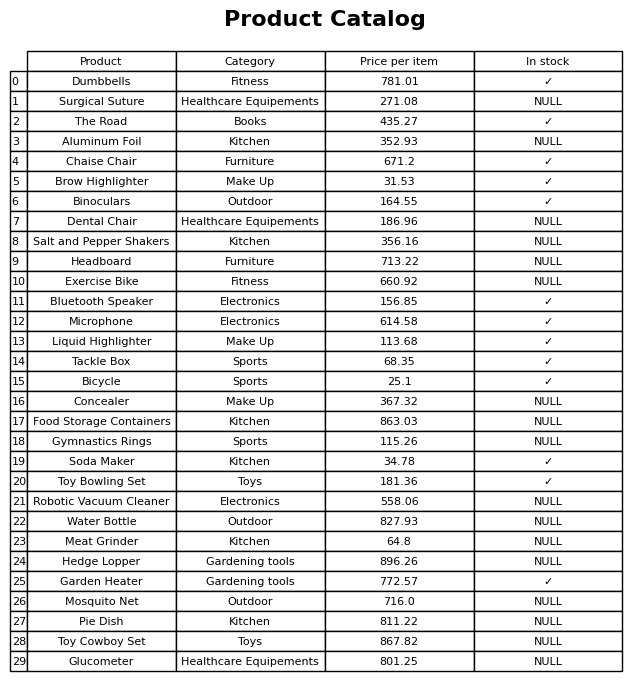
question: What is the price of the Tackle Box?
answer: The price of Tackle Box is 68.35.